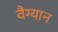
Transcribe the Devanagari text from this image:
वैग्यान